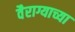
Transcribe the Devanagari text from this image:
वैराग्याच्या